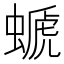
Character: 螔